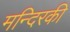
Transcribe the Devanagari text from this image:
मन्दिरकी